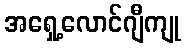
အရှေ့လောင်ဂျီကျု